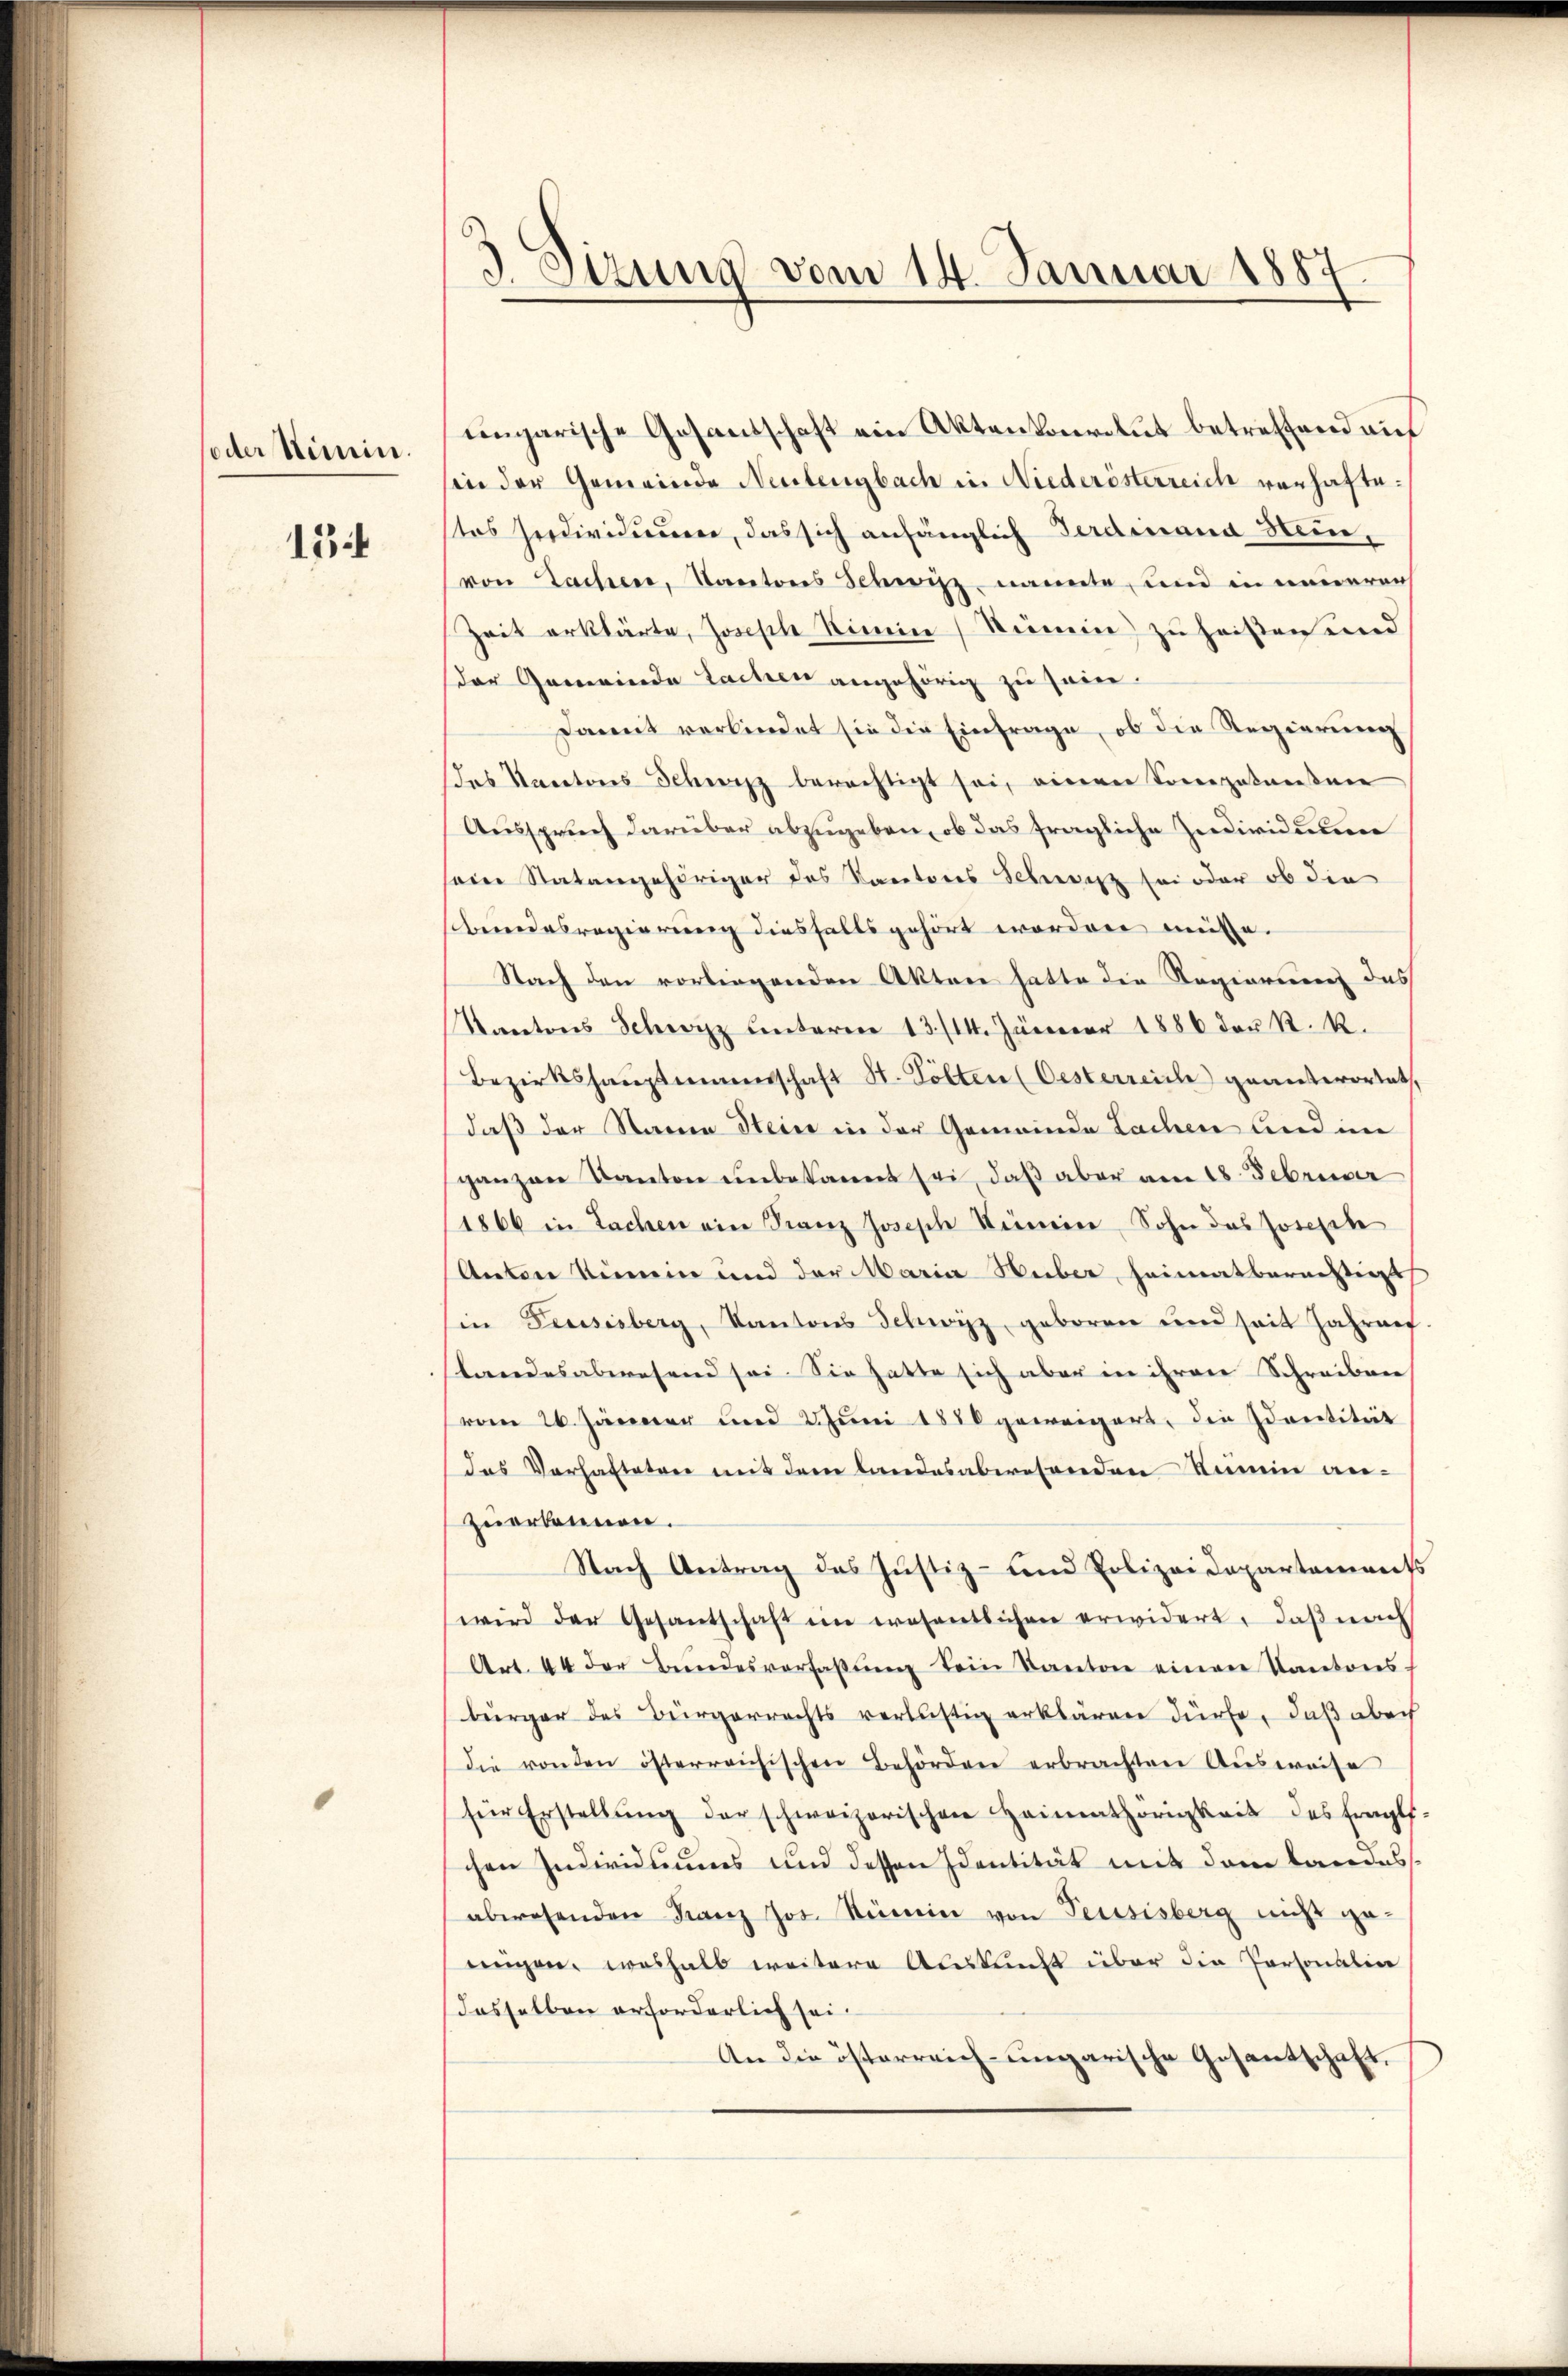
oder Simin.

13

.

3 Sizung vom 14. Januar 1887

ungarische Gesandschaft ein Aktenkonvitut betreffend auf
in der Gemeinde Neubergbach in Niederösterreich verhaftetes seedividumer, das sich anfänglich Ferdinand Heue,
von Sachen, Kantons Schwyz nannte, und in neuerer
Zeit erklärte, Joseph Rinne Sinnen) zu heißen und
der Gemeinde Sachen angehörig zu sein.
Damit verbindet sie die Einfrage, ob die Regierung
des Kantons Schwitz berechtigt sei, einen Tonepatansen
Ausspruch darüber abzugeben, ob das fragliche Individuum
sein Statangehöriger des Kantores Schweiz sei oder ob die
sbundesregierung diesfalls gehört worden meiste.
Nach den vorliegenden Akten hatte die Regierung das
Kantons Schwyz unterm 13./14. Jänner 1886 der R. R.
Bezirkshauptmannschaft St. Polten (Oesterreich geantwortet
daß der Sanen Stein in der Gemeinde Lachen und im
ganzen Kanton unbekannt sei, daß aber am 18. Februar
1866 in Sachen ein Franz Joseph Semmein Sohn das Joseph
Anton Semein und der Maria Huber heimatberechtigt
(in Feusisberg, Kantons Schwyz geboren und seit Jahrauf
standesabwesend sei. Sie hatte sich aber in ihren Schreiben
vom 26. Jänner und 2 Juni 1880 geweigert, die Identität
das Verhalteten mit dem landesabwesenden Remin anzuerkennen.
Nach Antrag des Justiz- und Polizeidepartements
wird der Gesantschaft im wesentlichen erwidert, daß nach
Art. 44 der Bŭndesverfassŭng dein Kanton einen Kantons
bürger des Bürgerrechts verlustig erklären dürfe, daß aber
die von den österreichischen Behörden erbrachten Ausweise
für Erstellŭng der schweizerischen Heimathörigkeit des fragl.
chen Individuums und dessen Identität mit dem Landesabwesenden Kanz Jos. Semin von Teusisberg nicht ge-
eingen, weshalb weitere Auskunft über die Personalin
dasselben erforderlich sei.
An die österreich-ungarische Gesantschaft.